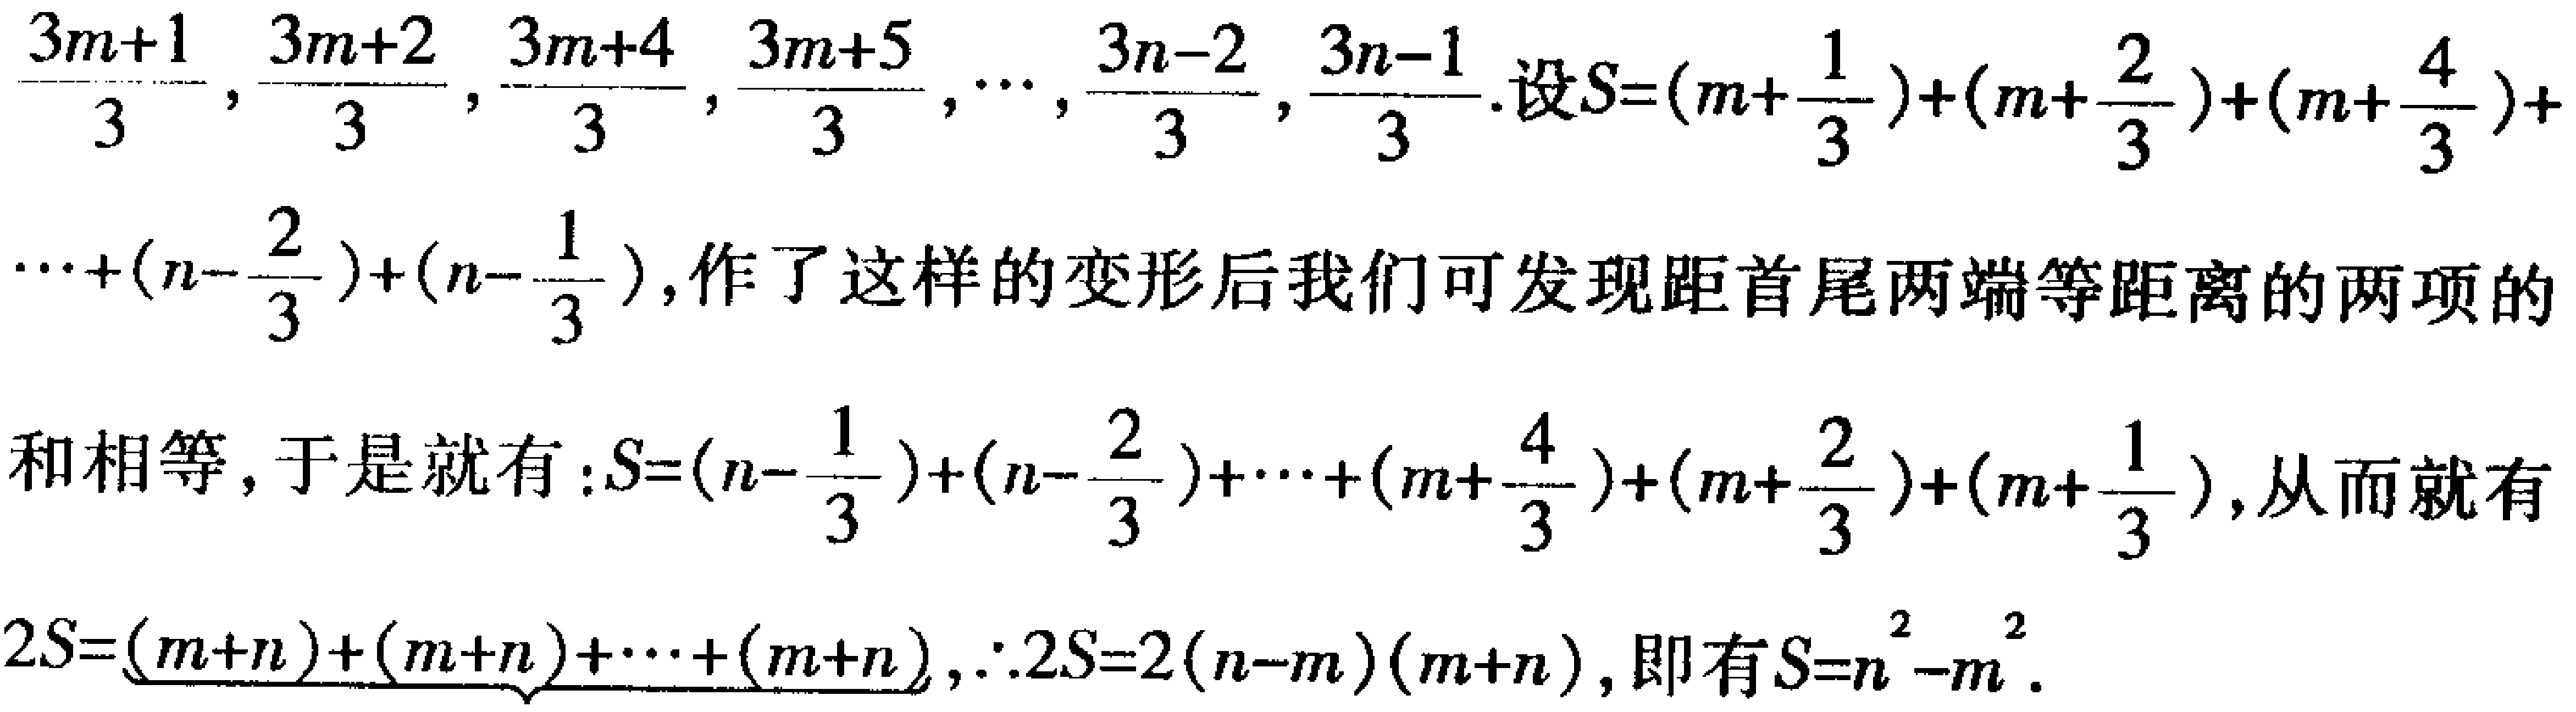
\(\frac{3m + 1}{3},\frac{3m + 2}{3},\frac{3m + 4}{3},\frac{3m + 5}{3},\cdots,\frac{3n - 2}{3},\frac{3n - 1}{3}\).设\(S=(m+\frac{1}{3})+(m+\frac{2}{3})+(m+\frac{4}{3})+\cdots+(n - \frac{2}{3})+(n - \frac{1}{3})\),作了这样的变形后我们可发现距首尾两端等距离的两项的和相等，于是就有：\(S=(n - \frac{1}{3})+(n - \frac{2}{3})+\cdots+(m+\frac{4}{3})+(m+\frac{2}{3})+(m+\frac{1}{3})\),从而就有\(2S=\underbrace{(m + n)+(m + n)+\cdots+(m + n)}, \therefore 2S = 2(n - m)(m + n)\),即有\(S = n^{2}-m^{2}\).